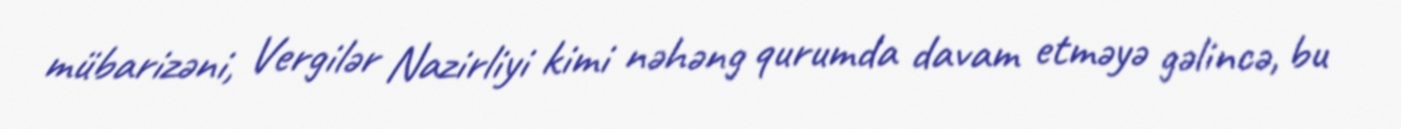
mübarizəni, Vergilər Nazirliyi kimi nəhəng qurumda davam etməyə gəlincə, bu